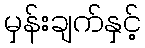
မှန်းချက်နှင့်